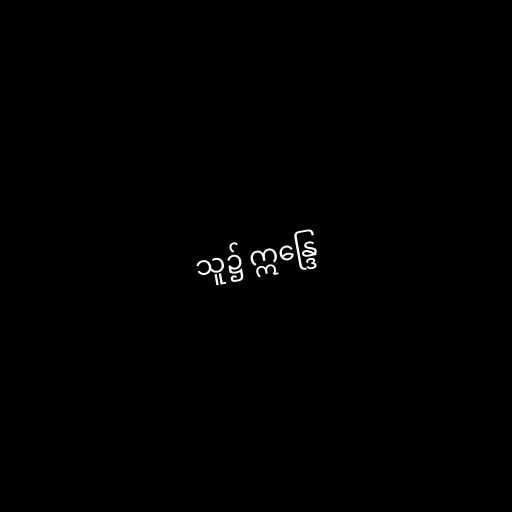
သူ၌ ဣန္ဒြေ